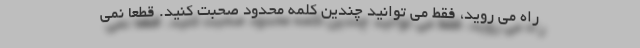
راه می‌ روید، فقط می توانید چندین کلمه محدود صحبت کنید. قطعا نمی‌